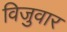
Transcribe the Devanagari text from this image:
विजुवार